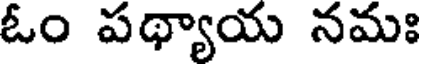
ఓం పథ్యాయ నమః